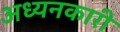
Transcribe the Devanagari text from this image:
अध्यनकारी